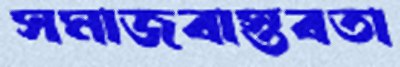
সমাজবাস্তবতা